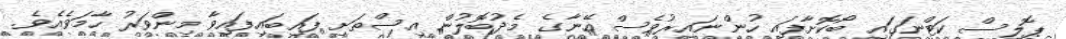
ޕޮލިސް ކަޓްނަގައި ބޯކޮށާފައި ހުންނައިރުވެސް އޭނާގެ މެދުބޮލުން އިސްތަށި ފައިބައިފައިވާ މިންވަރު ހާމަވެއެވެ.